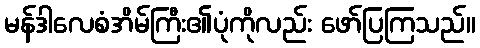
မန်ဒါလေစံအိမ်ကြီး၏ပုံကိုလည်း ဖော်ပြကြသည်။